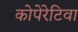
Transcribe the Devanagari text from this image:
कोपेरेटिवा